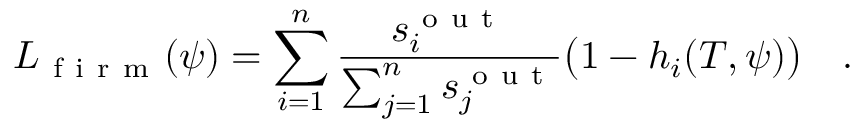
{ L } _ { \mathrm { ~ f ~ i ~ r ~ m ~ } } ( \psi ) = \sum _ { i = 1 } ^ { n } \frac { s _ { i } ^ { \mathrm { ~ o ~ u ~ t ~ } } } { \sum _ { j = 1 } ^ { n } s _ { j } ^ { \mathrm { ~ o ~ u ~ t ~ } } } \big ( 1 - h _ { i } ( T , \psi ) \big ) \quad .